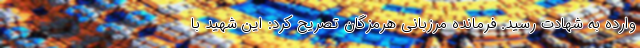
وارده به شهادت رسید. فرمانده مرزبانی هرمزگان تصریح کرد: این شهید با